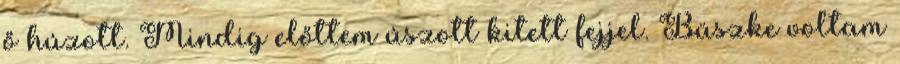
ő húzott. Mindig előttem úszott kitett fejjel. Büszke voltam